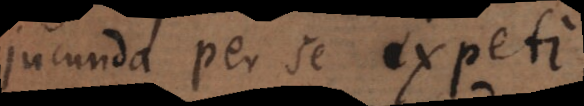
jucunda per se expeti,